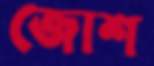
জোশ